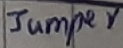
Text: Jumper